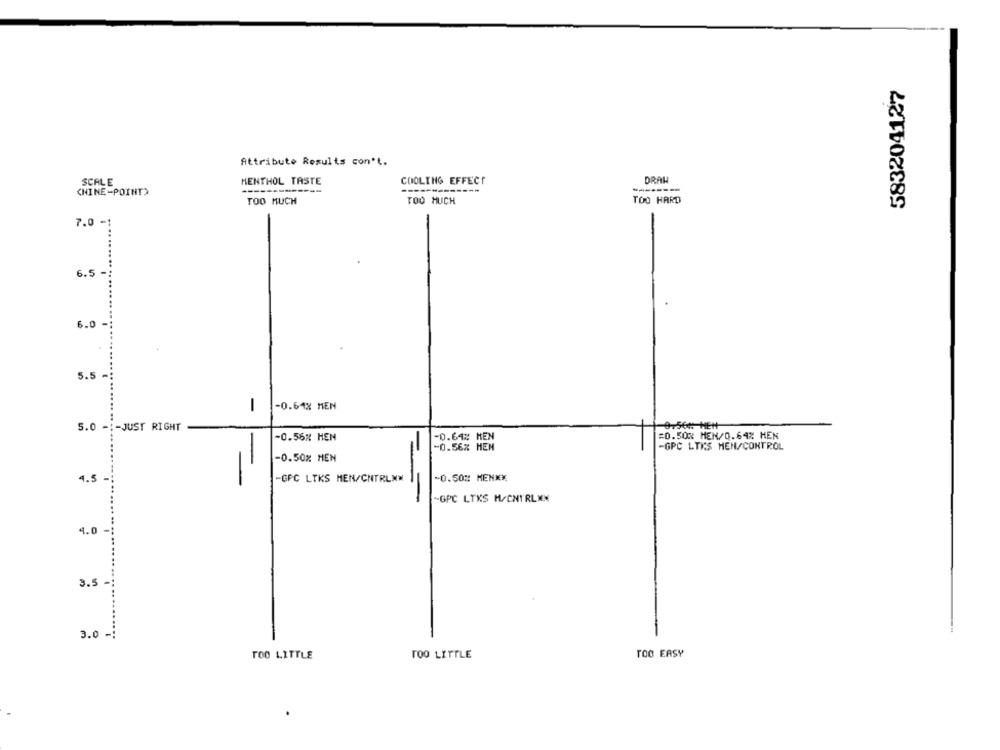
583204127
Attribute Results con't.
SCALE
MENTHOL TASTE
COOLING EFFECT
DRAW
------------
(NINE-POINT)
TOO MUCH
TOO MUCH
TOO HARD
7.0 -
6.5 -
6.0 -
5.5
-0.64% MEN
1
5.0 -:- JUST RIGHT
0.56+ MEH
-0.64% KEN
=0.50% MEN/0.64% HEN
-0.56% HEN
-0.56% HEN
-GPC LTKS HEN/CONTROL
-0.50% HEN
4.5
-
-GPC LTKS MEN/CNTRLNM
-0.50% MEN **
"GPC LTKS H/CNTRLWX
4.0
3.5 -
3.0 -:
TOO EASY
TOO LITTLE
TOO LITTLE